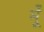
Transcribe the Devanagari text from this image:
मूँ